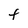
Character: F